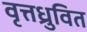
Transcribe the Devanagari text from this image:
वृत्तध्रुवित